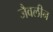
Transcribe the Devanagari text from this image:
जैवलीन